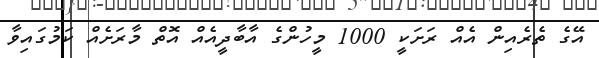
އޭގެ ތެރެއިން އެއް ރަށަކީ 1000 މީހުންގެ އާބާދީއެއް އޮތް މާރަށެއް ކަމުގައިވާ